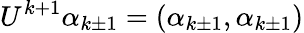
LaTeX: U^{k+1}\alpha_{k\pm 1}=(\alpha_{k\pm 1},\alpha_{k\pm 1})